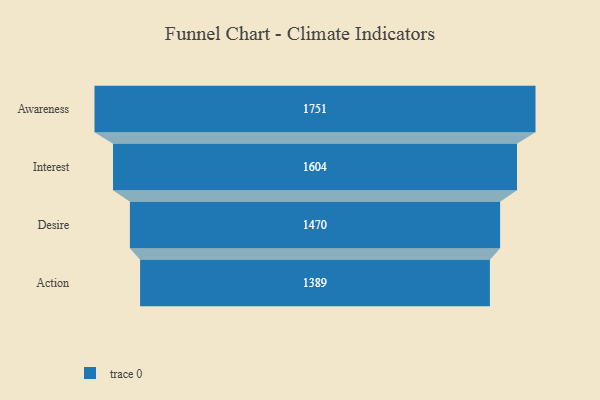
{"axis": {"x": "Stage", "y": "Value"}, "legend": [""], "data": [{"x": "Awareness", "y": 1751.0, "type": ""}, {"x": "Interest", "y": 1604.0, "type": ""}, {"x": "Desire", "y": 1470.0, "type": ""}, {"x": "Action", "y": 1389.0, "type": ""}]}